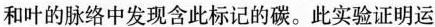
和叶的脉络中发现含此标记的碳。此实验证明运